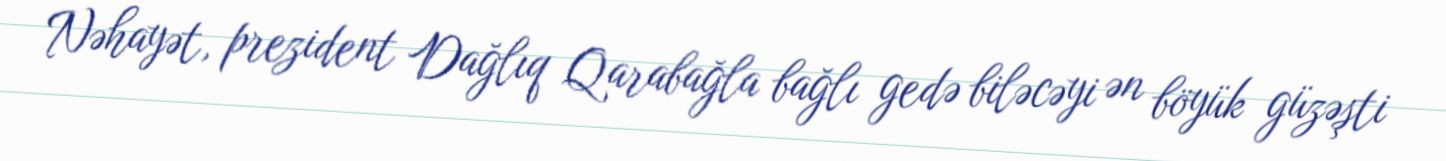
Nəhayət, prezident Dağlıq Qarabağla bağlı gedə biləcəyi ən böyük güzəşti